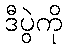
ဒီပွဲကို